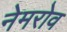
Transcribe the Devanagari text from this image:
नेमरोव